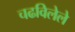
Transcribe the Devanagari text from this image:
चढविलेले